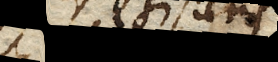
resistens